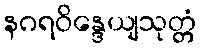
နဂရဝိန္ဒေယျသုတ္တံ